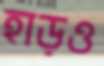
হাড়ও